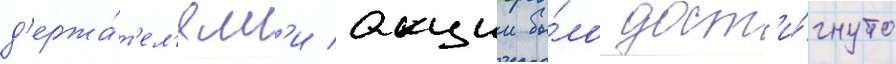
д'ержа́т'ел'ям'и акции бы́ло дост'и́гнуто